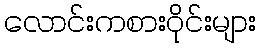
လောင်းကစားဝိုင်းများ